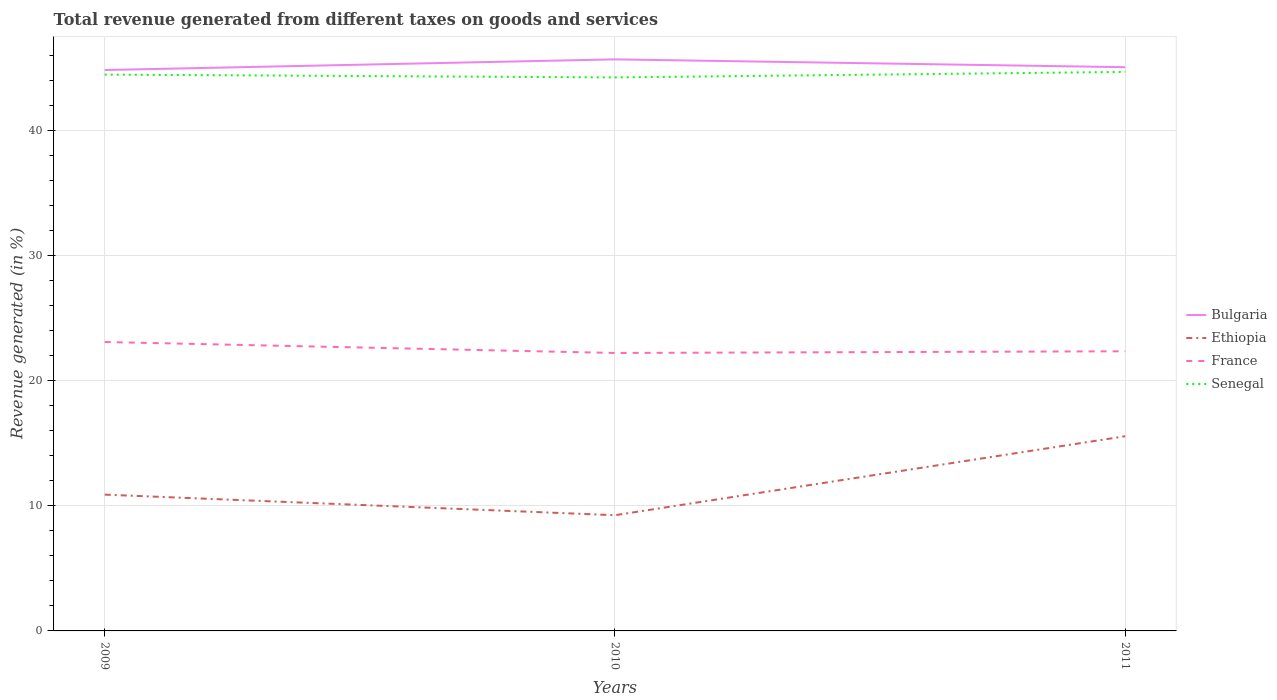
| Years | Bulgaria | Ethiopia | France | Senegal |
 | --- | --- | --- | --- | --- |
 | 2009 | 44.8 | 10.9 | 23.1 | 44.4 |
 | 2010 | 45.7 | 9.25 | 22.2 | 44.2 |
 | 2011 | 45 | 15.6 | 22.3 | 44.7 |